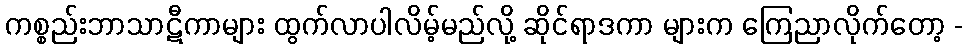
ကစ္စည်းဘာသာဋီကာများ ထွက်လာပါလိမ့်မည်လို့ ဆိုင်ရာဒကာ များက ကြေညာလိုက်တော့ -